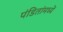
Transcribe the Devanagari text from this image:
पंडितांमध्यें